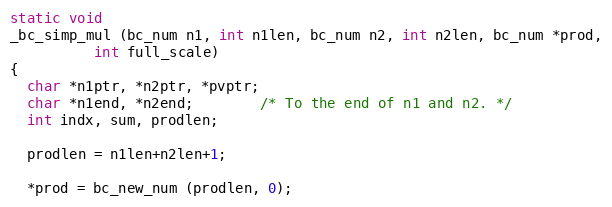
Language: C++
static void
_bc_simp_mul (bc_num n1, int n1len, bc_num n2, int n2len, bc_num *prod,
	      int full_scale)
{
  char *n1ptr, *n2ptr, *pvptr;
  char *n1end, *n2end;		/* To the end of n1 and n2. */
  int indx, sum, prodlen;

  prodlen = n1len+n2len+1;

  *prod = bc_new_num (prodlen, 0);